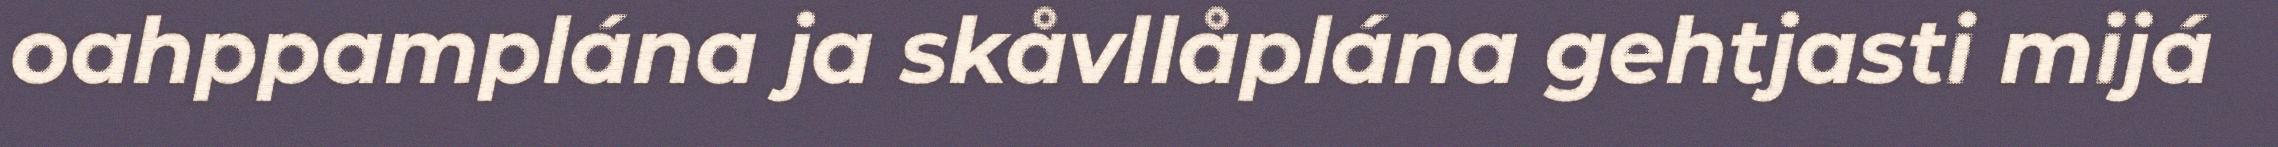
oahppamplána ja skåvllåplána gehtjasti mijá